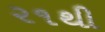
૨૧થી